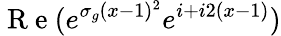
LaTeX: \mathrm{~R~e~}(e^{\sigma_{g}(x-1)^{2}}e^{i+i2(x-1)})